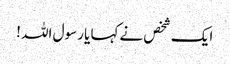
ایک شخص نےکہا یا رسول اللہ !